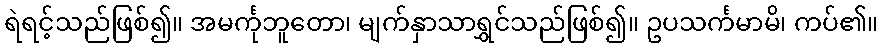
ရဲရင့်သည်ဖြစ်၍။ အမင်္ကုဘူတော၊ မျက်နှာသာရွှင်သည်ဖြစ်၍။ ဥပသင်္ကမာမိ၊ ကပ်၏။